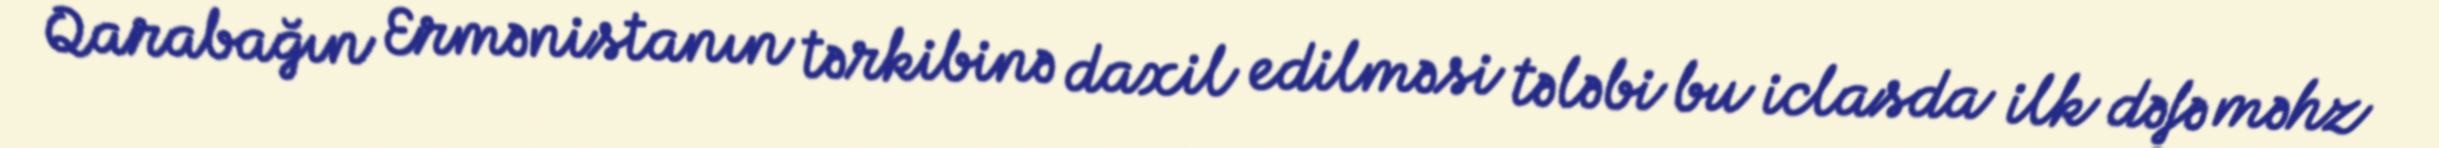
Qarabağın Ermənistanın tərkibinə daxil edilməsi tələbi bu iclasda ilk dəfə məhz